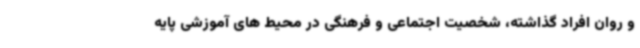
و روان افراد گذاشته، شخصیت اجتماعی و فرهنگی در محیط های آموزشی پایه